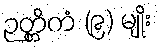
ဉတ္တိကံ (၉) မျိုး